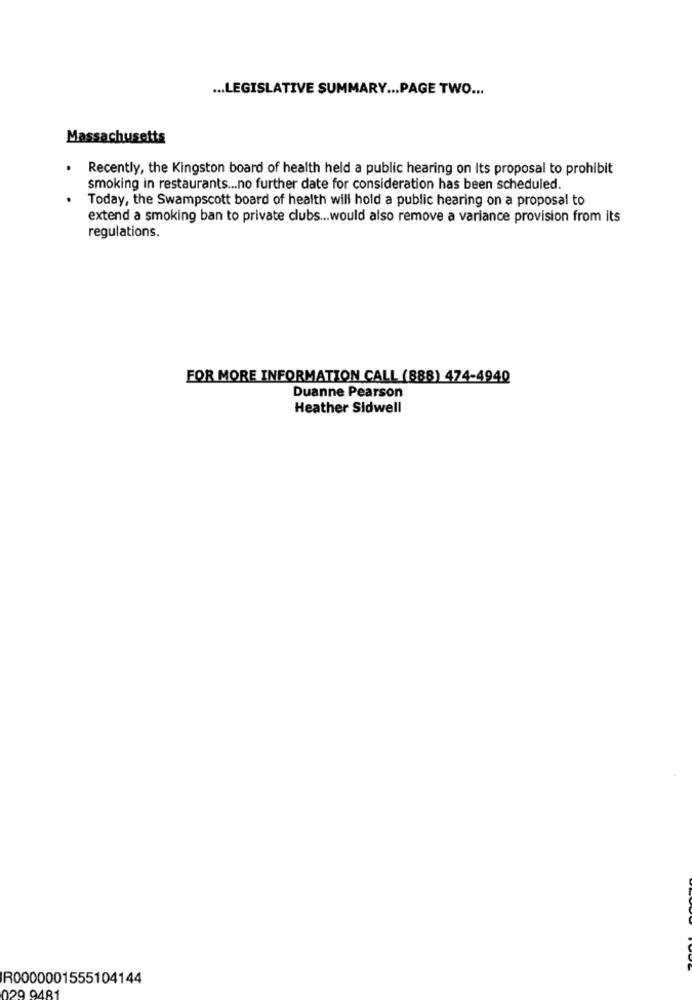
... LEGISLATIVE SUMMARY ... PAGE TWO ...
Massachusetts
Recently, the Kingston board of health held a public hearing on Its proposal to prohibit
smoking in restaurants ... no further date for consideration has been scheduled.
Today, the Swampscott board of health will hold a public hearing on a proposal to
extend a smoking ban to private clubs ... would also remove a variance provision from its
regulations.
FOR MORE INFORMATION CALL (888) 474-4940
Duanne Pearson
Heather Sidwell
R0000001555104144
029 9481